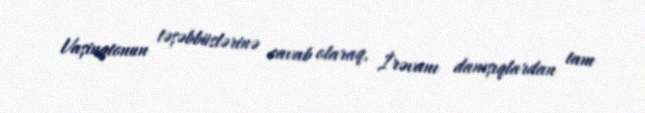
Vaşinqtonun təşəbbüslərinə cavab olaraq, İrəvanı danışıqlardan tam